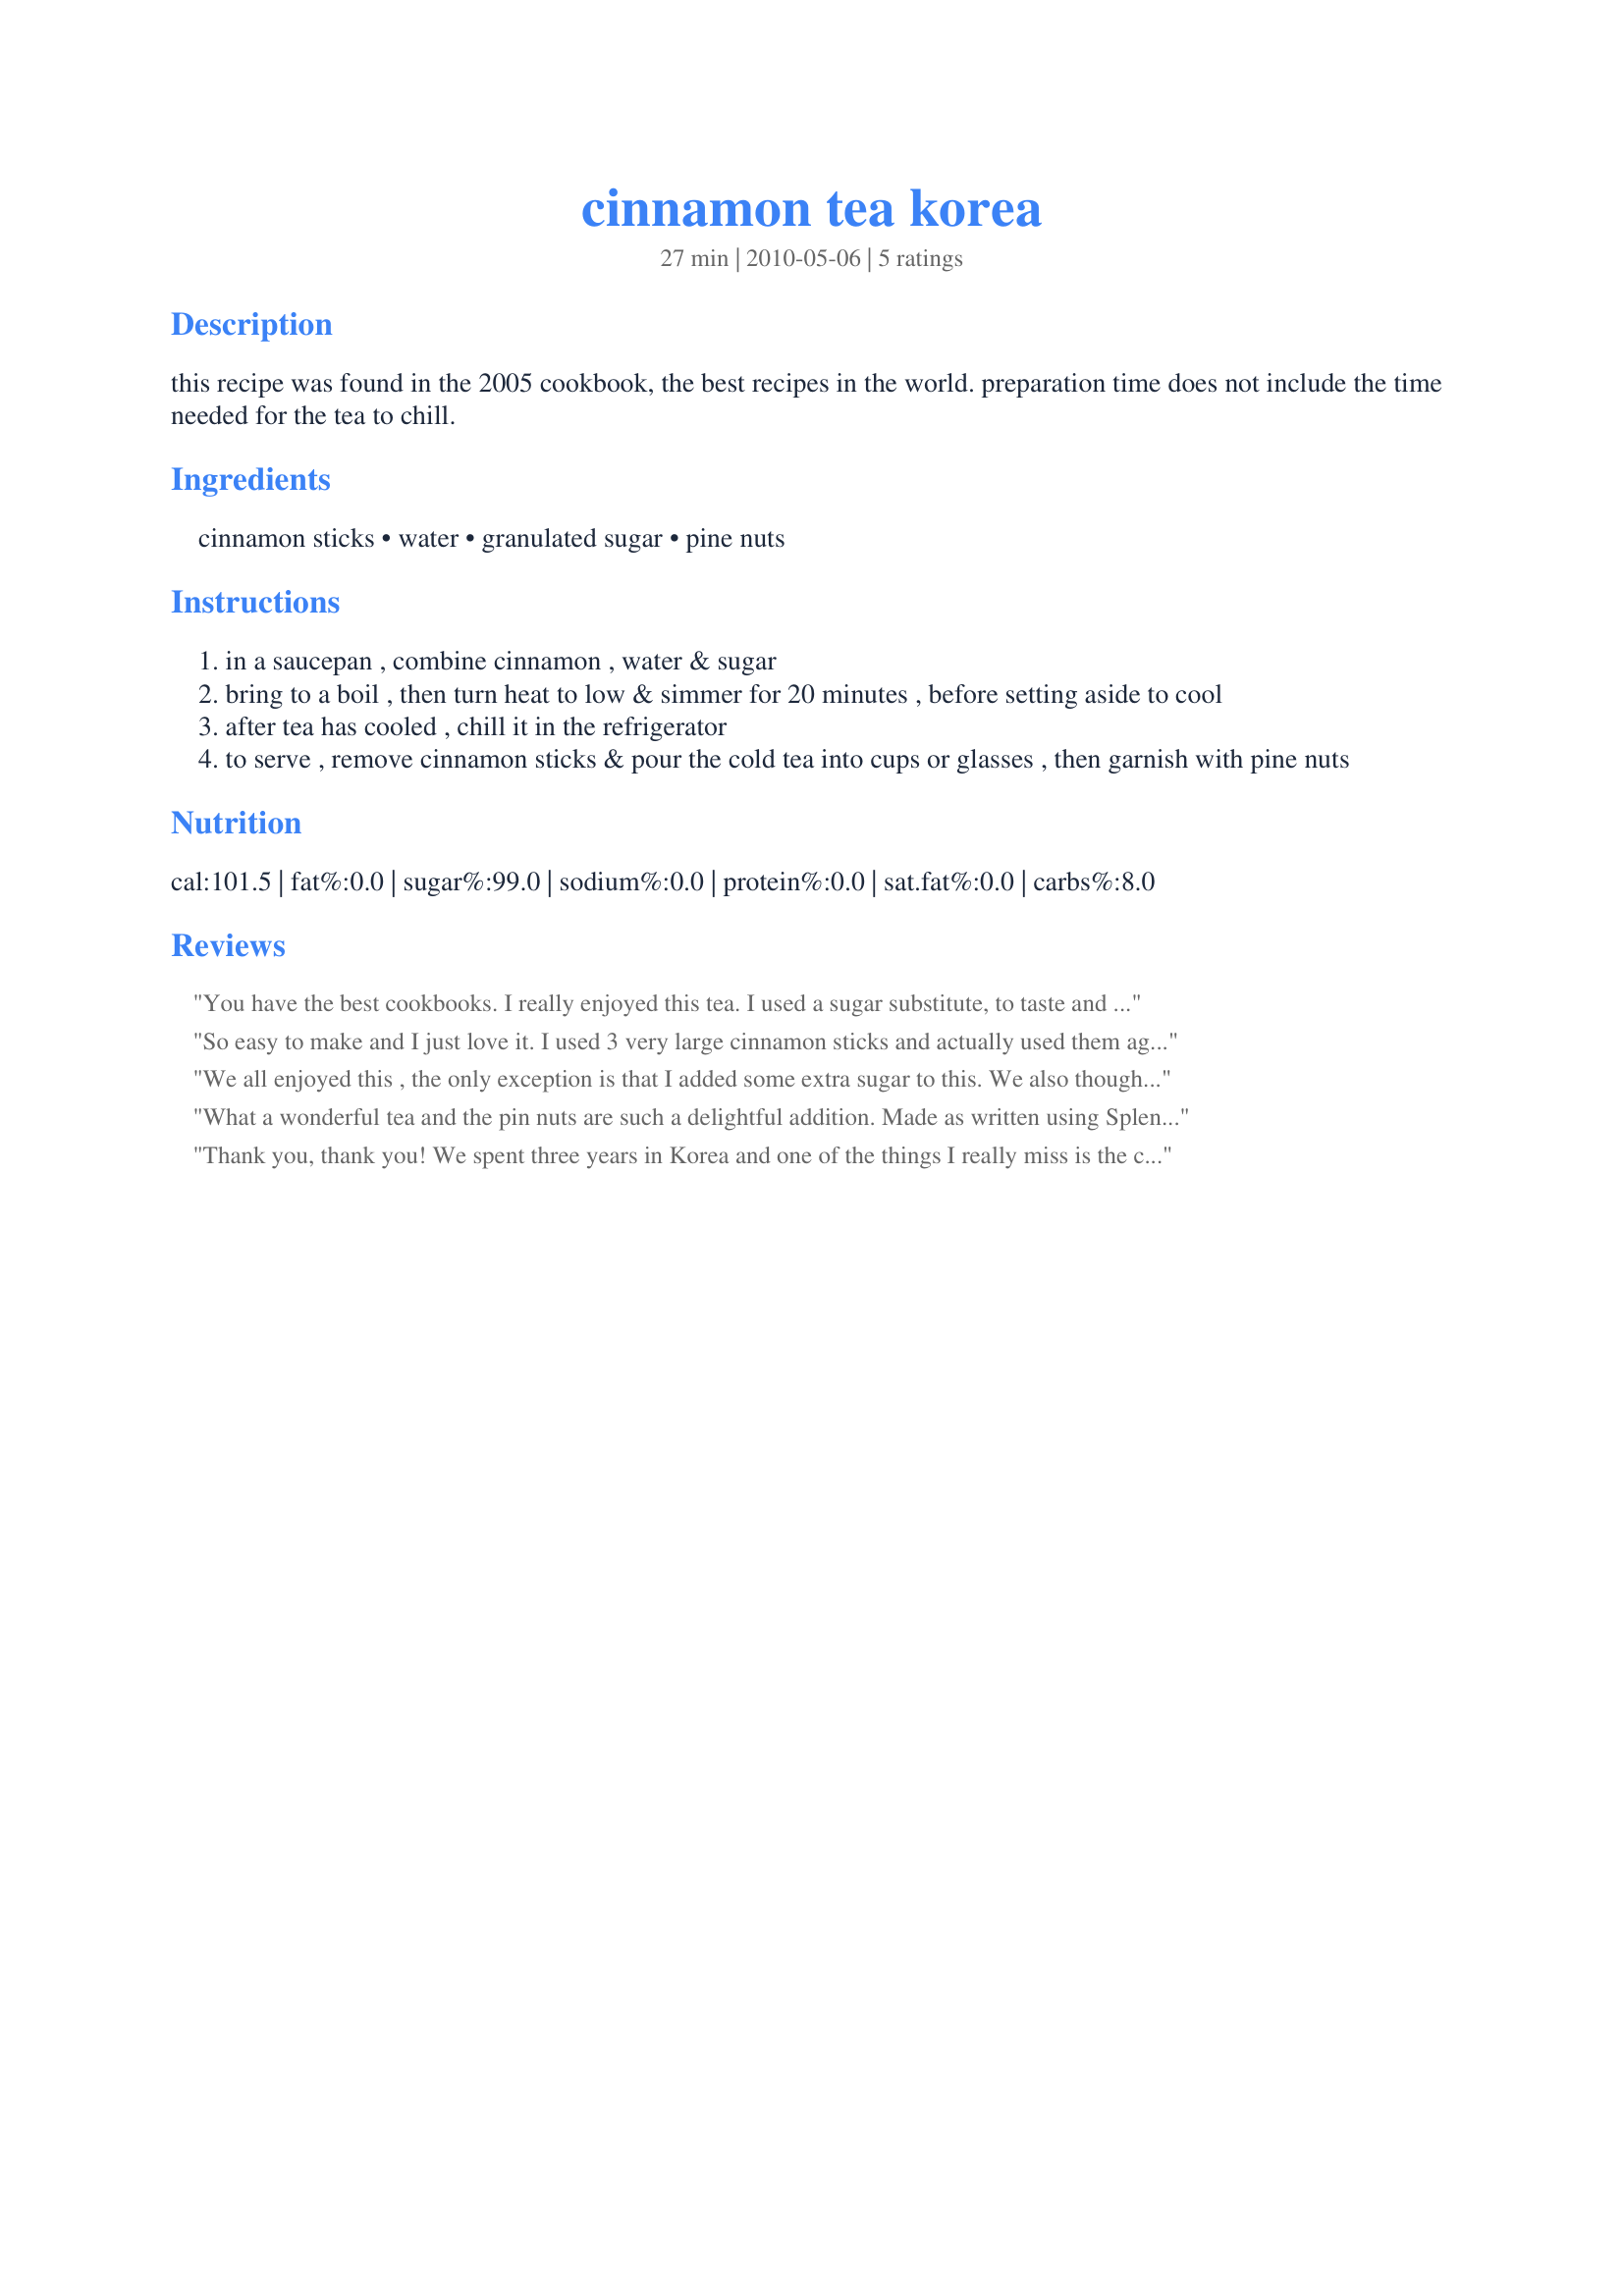
cinnamon tea korea
Preparation time: 27 minutes

this recipe was found in the 2005 cookbook, the best recipes in the world. preparation time does not include the time needed for the tea to chill.

Ingredients:
cinnamon sticks, water, granulated sugar, pine nuts

Steps:
in a saucepan , combine cinnamon , water & sugar
bring to a boil , then turn heat to low & simmer for 20 minutes , before setting aside to cool
after tea has cooled , chill it in the refrigerator
to serve , remove cinnamon sticks & pour the cold tea into cups or glasses , then garnish with pine nuts

Reviews:
You have the best cookbooks. I really enjoyed this tea. I used a sugar substitute, to taste and I had to leave out the pine nuts since I cannot get them.
So easy to make and I just love it. I used 3 very large cinnamon sticks and actually used them again to make more tea the next day. Thanks for a great tea! Made for the PRMR game.
We all enjoyed this , the only exception is that I added some extra sugar to this. We also thought the pine nuts were a nice touch. Made for PRMR tag.
What a wonderful tea and the pin nuts are such a delightful addition. Made as written using Splenda, although DH did add more Splenda to his (DH likes things really really sweet). Will definitely be making this a again. Thanks for the post.
Thank you, thank you! We spent three years in Korea and one of the things I really miss is the cinnamon tea. This recipe tastes exactly like it does in Korea. In Korea it's called soo jeong kwaw, and is served following dinner. It's usually served cold, but I love it hot too.
